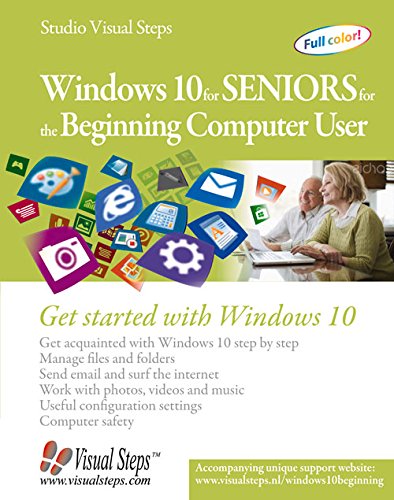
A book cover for Windows 10 for Seniors for the Beginning Computer User: Get Started with Windows 10 (Computer Books for Seniors series); Studio Visual Steps; Computers & Technology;